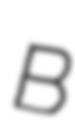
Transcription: B